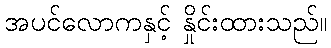
အပင်လောကနှင့် နှိုင်းထားသည်။